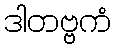
ဒါတဗ္ဗကံ